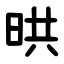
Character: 晎